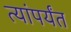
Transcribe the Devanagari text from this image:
त्यांपर्यंत